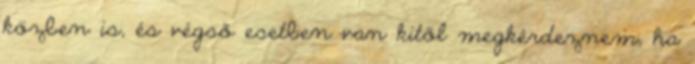
közben is, és végső esetben van kitől megkérdeznem, ha